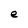
Character: e